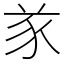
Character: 㒸